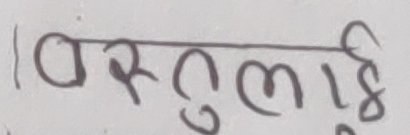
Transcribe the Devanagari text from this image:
वस्तुलाई